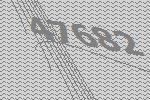
47682